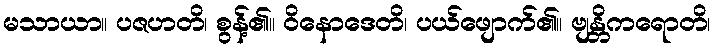
မသာယာ။ ပဇဟတိ၊ စွန့်၏။ ဝိနောဒေတိ၊ ပယ်ဖျောက်၏။ ဗျန္တိကရောတိ၊